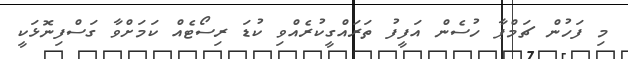
މި ފަހުން ޗަމްޕާ ހުސެން އަފީފު ތަރައްގީކުރެއްވި ކުޑަ ރިސޯޓެއް ކަމަށްވާ ގަސްފިނޮޅަކީ